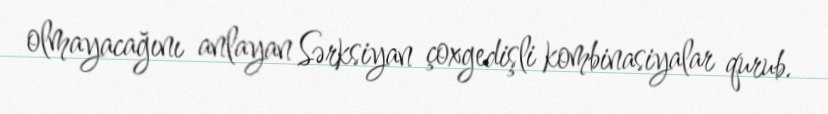
olmayacağını anlayan Sərksiyan çoxgedişli kombinasiyalar qurub.